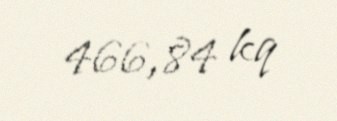
466,84 kq